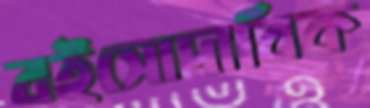
বইসোদাবিক